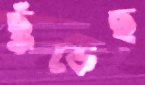
ছুঁড়েছ